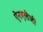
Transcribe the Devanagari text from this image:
ऐनएलेजी